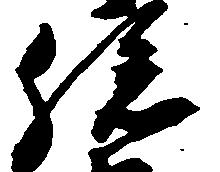
孫